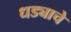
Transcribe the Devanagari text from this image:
धड्याचे